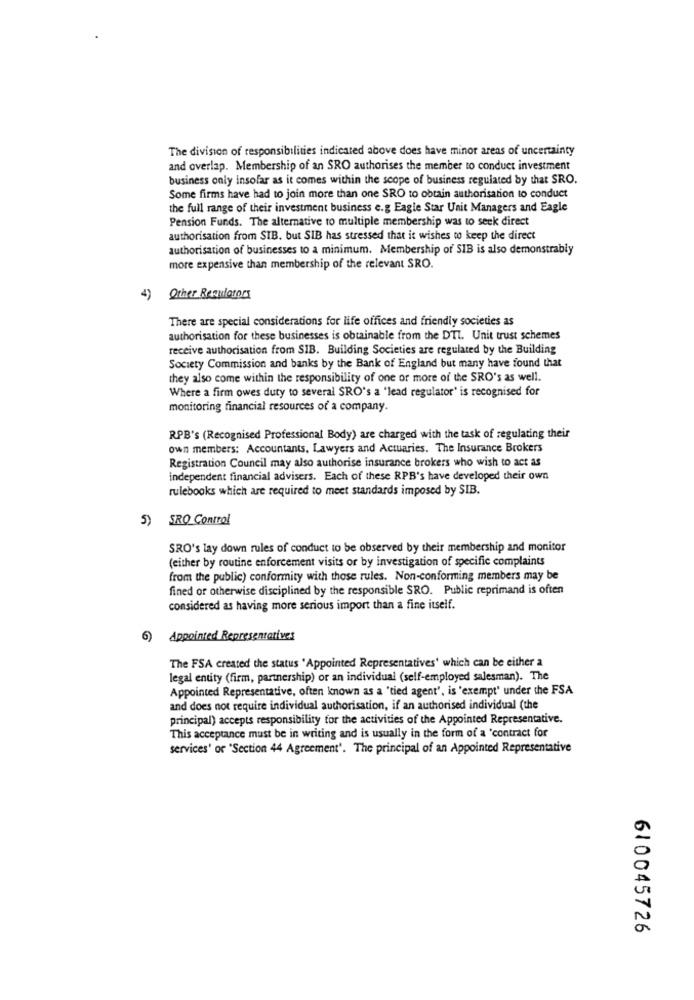
The division of responsibilities indicated above does have minor areas of uncertainty
and overlap. Membership of an SRO authorises the member to conduct investment
business only insofar as it comes within the scope of business regulated by that SRO.
Some firms have had to join more than one SRO to obtain authorisation to conduct
the full range of their investment business e.g Eagle Star Unit Managers and Eagle
Pension Funds. The alternative to multiple membership was to seek direct
authorisation from SIB. but SIB has stressed that it wishes to keep the direct
authorisation of businesses to a minimum. Membership of SIB is also demonstrably
more expensive than membership of the relevant SRO.
4)
Other Reautorors
There are special considerations for life offices and friendly societies as
authorisation for these businesses is obtainable from the DTI. Unit trust schemes
receive authorisation from SIB. Building Societies are regulated by the Building
Society Commission and banks by the Bank of England but many have found that
they also come within the responsibility of one or more of the SRO's as well.
Where a firm owes duty to several SRO's a "lead regulator' is recognised for
monitoring financial resources of a company.
RPB's (Recognised Professional Body) are charged with the task of regulating their
own members: Accountants, Lawyers and Actuaries. The Insurance Brokers
Registration Council may also authorise insurance brokers who wish to act as
independent financial advisers. Each of these RPB's have developed their own
rulebooks which are required to meet standards imposed by SIB.
5) SRO Control
SRO's lay down rules of conduct to be observed by their membership and monitor
(either by routine enforcement visits or by investigation of specific complaints
from the public) conformity with those rules. Non-conforming members may be
fined or otherwise disciplined by the responsible SRO. Public reprimand is often
considered as having more serious import than a fine itself.
6)
Appointed Representatives
The FSA created the status " Appointed Representatives' which can be either a
legal entity (firm, partnership) or an individual (self-employed salesman). The
Appointed Representative, often known as a "tied agent", is 'exempt' under the FSA
and does not require individual authorisation, if an authorised individual (the
principal) accepts responsibility for the activities of the Appointed Representative.
This acceptance must be in writing and is usually in the form of a 'contract for
services' or 'Section 44 Agreement'. The principal of an Appointed Representative
610045726